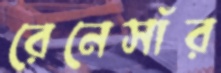
রেনেসাঁর